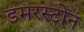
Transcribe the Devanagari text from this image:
डमरस्टोन